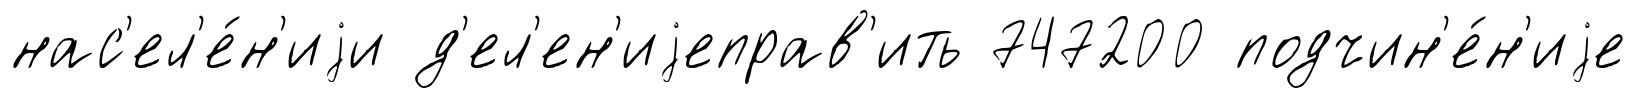
нас'ел'е́н'иjи д'ел'ен'иjеправ'ить 747200 подчин'е́н'иjе